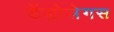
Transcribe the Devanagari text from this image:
डेंड्रोलेगस